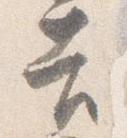
吉